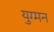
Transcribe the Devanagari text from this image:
युग्‍मन